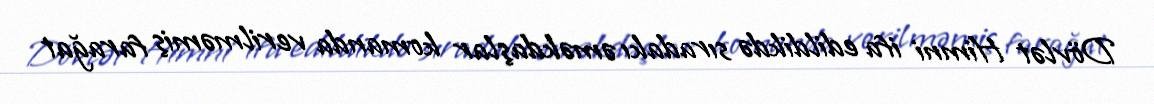
Dövlət Himni ifa edildikdə sıradakı əməkdaşlar komanda verilməmiş farağat